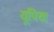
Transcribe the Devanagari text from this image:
यूपिया